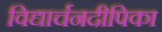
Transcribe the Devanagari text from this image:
विद्यार्चनदीपिका